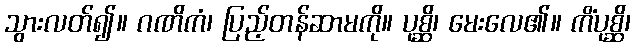
သွားလတ်၍။ ဂဏိကံ၊ ပြည့်တန်ဆာမကို။ ပုစ္ဆိ၊ မေးလေ၏။ ကိံပုစ္ဆိ၊